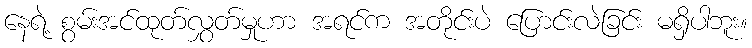
နေရဲ့ စွမ်းအင်ထုတ်လွှတ်မှုဟာ အရင်က အတိုင်းပဲ ပြောင်းလဲခြင်း မရှိပါဘူး။